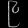
Digit: ၉